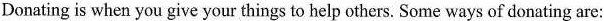
Donating is when you give your things to help others. Some ways of donating are: